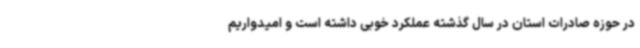
در حوزه صادرات استان در سال گذشته عملکرد خوبی داشته است و امیدواریم